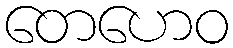
တေဟေဝ